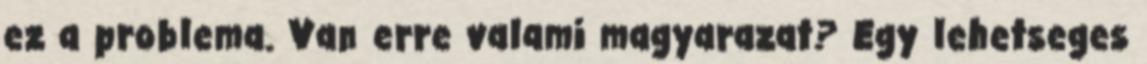
ez a problema. Van erre valami magyarazat? Egy lehetseges